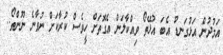
އަމުދުން އަޅުގަނޑު އެބަ އުޅޭތޯ ވިއްކާލަން އެގޮތަށް ހީވެސް ކުރާކަށް ނުވާނެ ނޫންތޯ..